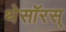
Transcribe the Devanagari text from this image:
थेसॉरस्